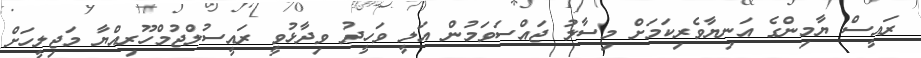
ރައީސް ޔާމިންގެ އަނިޔާވެރިކަމަށް މިސާލު ޖައްސަވަމުން އަލީ ވަހީދު ވިދާޅުވީ ރައީސުލްޖުމްހޫރިއްޔާ މަޖިލީހަށް